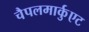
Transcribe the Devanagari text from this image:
चैपलमार्कुएट